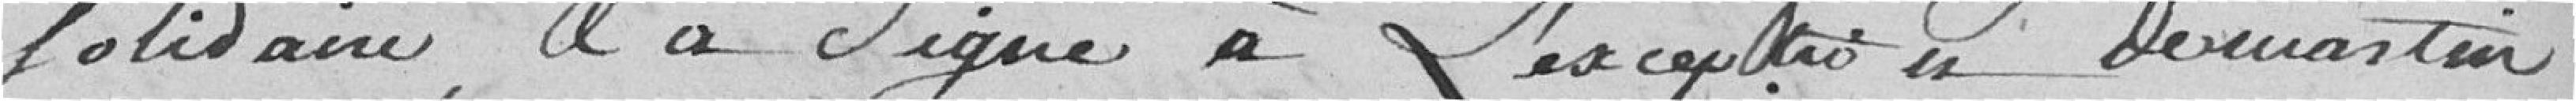
solidaire et à signé à l'exception de Martin